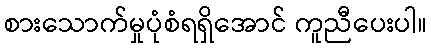
စားသောက်မှုပုံစံရရှိအောင် ကူညီပေးပါ။